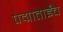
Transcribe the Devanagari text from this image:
पद्माताईंचे